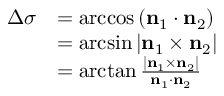
{ \begin{array} { r l } { \Delta \sigma } & { = \operatorname { a r c c o s } \left( \mathbf { n } _ { 1 } \cdot \mathbf { n } _ { 2 } \right) } \\ & { = \arcsin \left| \mathbf { n } _ { 1 } \times \mathbf { n } _ { 2 } \right| } \\ & { = \arctan { \frac { \left| \mathbf { n } _ { 1 } \times \mathbf { n } _ { 2 } \right| } { \mathbf { n } _ { 1 } \cdot \mathbf { n } _ { 2 } } } } \end{array} }